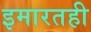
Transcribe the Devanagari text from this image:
इमारतही